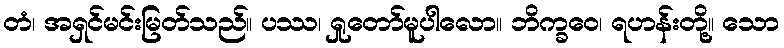
တံ၊ အရှင်မင်းမြတ်သည်။ ပဿ၊ ရှုတော်မူပါလော။ ဘိက္ခဝေ၊ ရဟန်းတို့။ သော